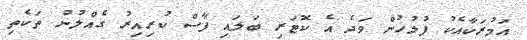
އަމުރަކާއެކު ފުލުހުން ވަދެ އެ ކޮޓަރި ބަލައި ފާސް ކުރިއިރު ގެއްލުނު ތަކެތި